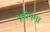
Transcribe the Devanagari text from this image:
भूतोपमा